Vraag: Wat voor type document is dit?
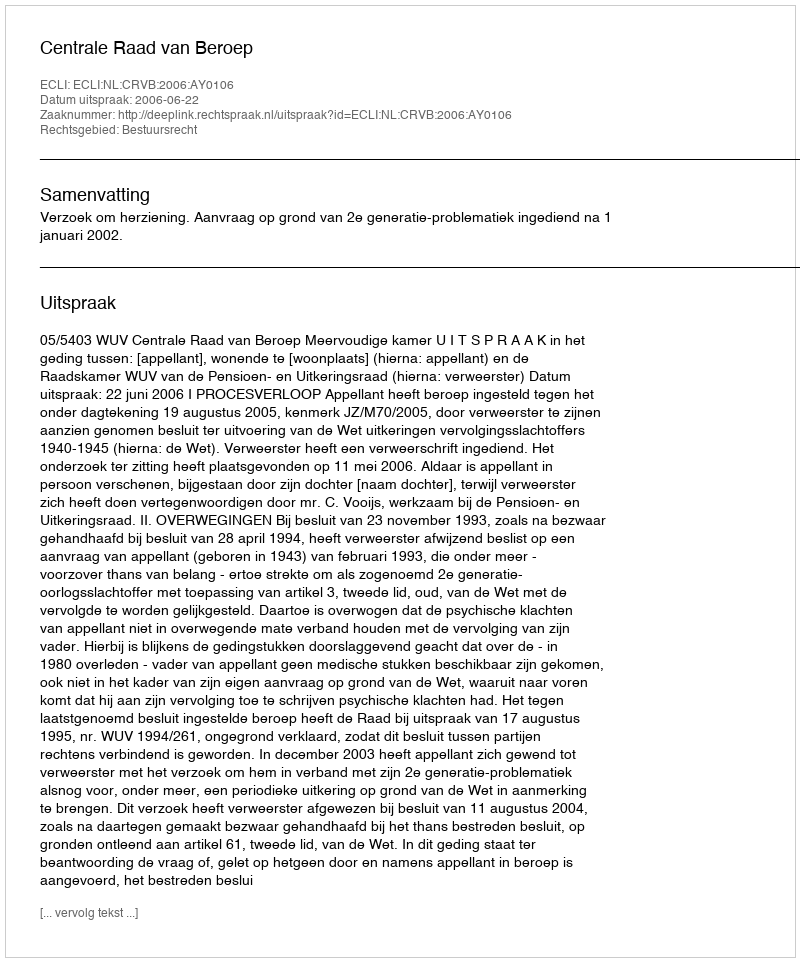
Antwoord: Uitspraak